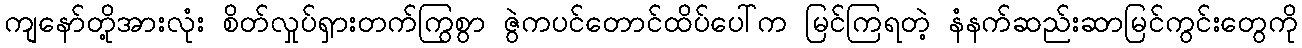
ကျနော်တို့အားလုံး စိတ်လှုပ်ရှားတက်ကြွစွာ ဇွဲကပင်တောင်ထိပ်ပေါ်က မြင်ကြရတဲ့ နံနက်ဆည်းဆာမြင်ကွင်းတွေကို